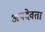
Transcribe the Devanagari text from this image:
अपदेवता